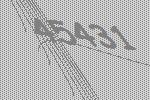
45431